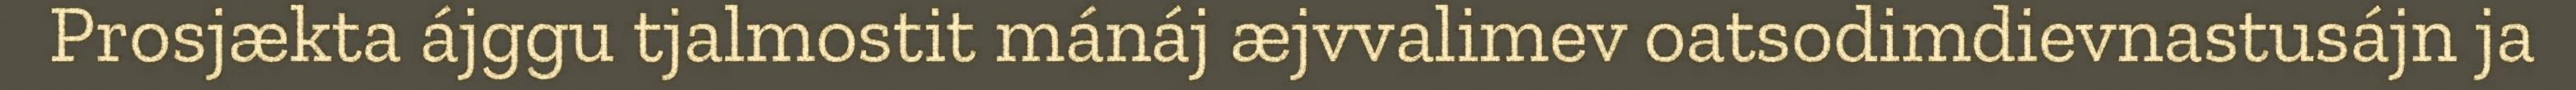
Prosjækta ájggu tjalmostit mánáj æjvvalimev oatsodimdievnastusájn ja